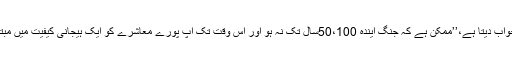
‘‘ جس پر کارخانے کا مالک جواب دیتا ہے،’’ممکن ہے کہ جنگ آیندہ 50،100سال تک نہ ہو اور اس وقت تک آپ پورے معاشرے کو ایک ہیجانی کیفیت میں مبتلا رکھنے پر کیوں بہ ضد ہیں۔